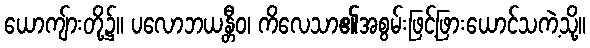
ယောကျ်ားတို့၌။ ပလောဘယန္တီဝ၊ ကိလေသာ၏အစွမ်းဖြင့်ဖြားယောင်သကဲ့သို့။